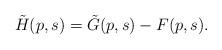
LaTeX: \begin{align*}\tilde H(p,s) = \tilde G(p,s) - F(p,s).\end{align*}